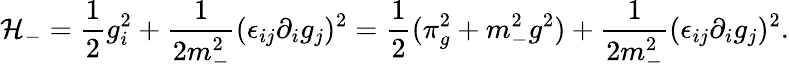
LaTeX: {\cal H}_{-}={\frac{1}{2}}g_{i}^{2}+{\frac{1}{2m_{-}^{2}}}(\epsilon_{ij}\partial_{i}g_{j})^{2}={\frac{1}{2}}(\pi_{g}^{2}+m_{-}^{2}g^{2})+{\frac{1}{2m_{-}^{2}}}(\epsilon_{ij}\partial_{i}g_{j})^{2}.